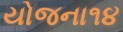
યોજના૧૪